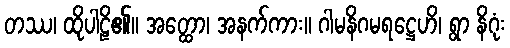
တဿ၊ ထိုပါဠိ၏။ အတ္ထော၊ အနက်ကား။ ဂါမနိဂမရဋ္ဌေဟိ၊ ရွာ နိဂုံး